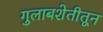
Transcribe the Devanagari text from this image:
गुलाबशेतीतून